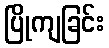
ပြိုကျခြင်း